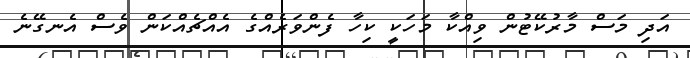
އަދި މަސް މާރުކޭޓުން ވިއްކާ މަހަކީ ކިހާ ފެންވަރެއްގެ އެއްޗެއްކަން ވެސް އެނގޭނެ